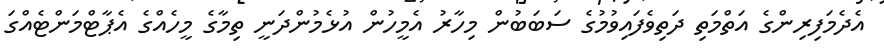
އެދެމަފިރިންގެ އަތްމަތި ދަތިވެފައިވުމުގެ ސަބަބުން މިހާރު އެމީހުން އުޅެމުންދަނީ ތިމާގެ މީހެއްގެ އެޕާޓްމަންޓެއްގަ